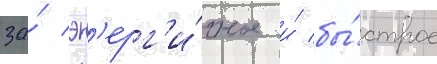
за́ эн'ерг'и́чное и́ бы́строе